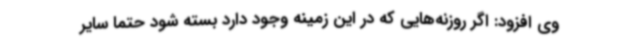
وی افزود: اگر روزنه‌هایی که در این زمینه وجود دارد بسته شود حتما سایر